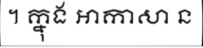
។ ក្នុង ឤកាសា ន